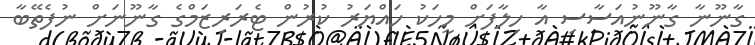
ގާނޫނާ ގާނޫނުއަސާސި އާ ހިލާފަށް މީހަކު ހައްޔަރު ކުރުން ޓެރަރިޒަމްގެ ގާނޫނަށް ނުފެތޭބާ